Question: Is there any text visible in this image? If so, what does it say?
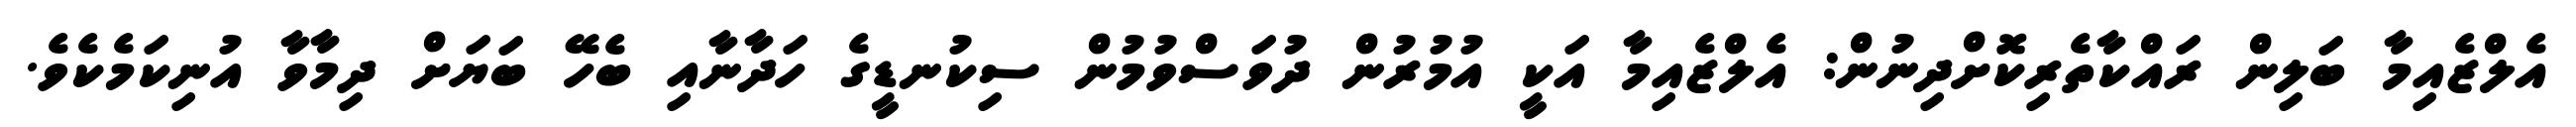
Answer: އެލްޒެއިމާ ބަލިން ރައްކާތެރިކޮށްދިނުން: އެލްޒެއިމާ އަކީ އުމުރުން ދުވަސްވުމުން ސިކުނޑީގެ ހަދާނާއި ބެހޭ ބަޔަށް ދިމާވާ އުނިކަމެކެވެ.